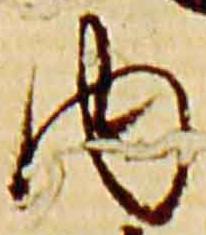
内